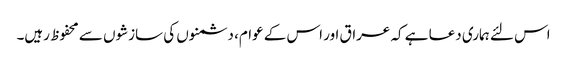
اس لئے ہماری دعا ہے کہ عراق اور اس کے عوام، دشمنوں کی سازشوں سے محفوظ رہیں۔